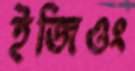
ইজিওং